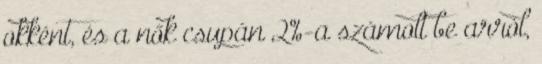
okként, és a nők csupán 2%-a számolt be arról,